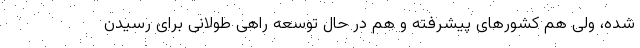
شده، ولی هم کشورهای پیشرفته و هم در حال توسعه راهی طولانی برای رسیدن